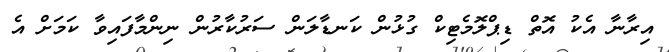
އިރާނާ އެކު އޮތް ޑިޕްލޮމެޓިކް ގުޅުން ކަނޑާލަން ސަރުކާރުން ނިންމާފައިވާ ކަމަށް އެ